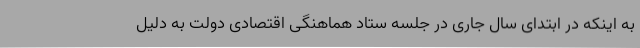
به اینکه در ابتدای سال جاری در جلسه ستاد هماهنگی اقتصادی دولت به دلیل